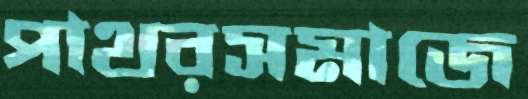
পাথরসমাজে